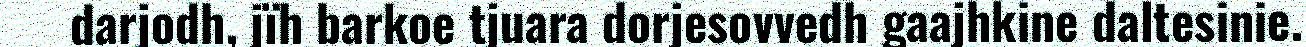
darjodh, jïh barkoe tjuara dorjesovvedh gaajhkine daltesinie.